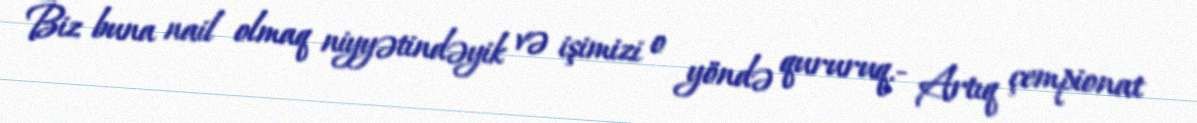
Biz buna nail olmaq niyyətindəyik və işimizi o yöndə qururuq.- Artıq çempionat